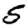
Digit: 5